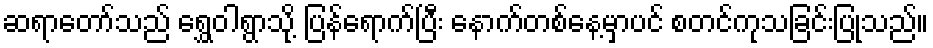
ဆရာတော်သည် ရွှေဝါရွာသို့ ပြန်ရောက်ပြီး နောက်တစ်နေ့မှာပင် စတင်ကုသခြင်းပြုသည်။